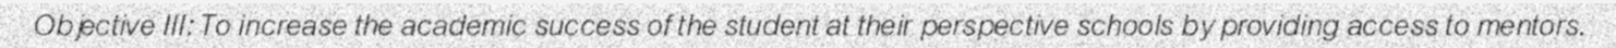
Objective III: To increase the academic success of the student at their perspective schools by providing access to mentors.